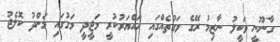
ގާނޫނީ ވަކީލު ނާޒިމު ރޭގެ ވަގުތެއްގައި ހައްޔަރުކުރީ މަޖީދީ މަގުގައި މަންދު ކޮލެޖު